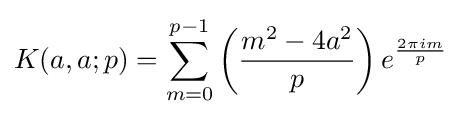
K(a,a;p)=\sum _{m=0}^{p-1}\left({\frac {m^{2}-4a^{2}}{p}}\right)e^{\frac {2\pi im}{p}}